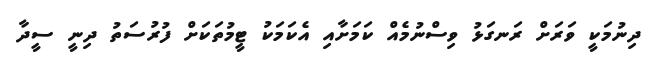
ދިނުމަކީ ވަރަށް ރަނގަޅު ވިސްނުމެއް ކަމަށާއި އެކަމަކު ޓީމުތަކަށް ފުރުސަތު ދިނީ ސީދާ